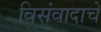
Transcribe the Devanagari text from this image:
विसंवादाचे